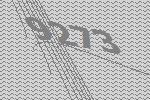
9273